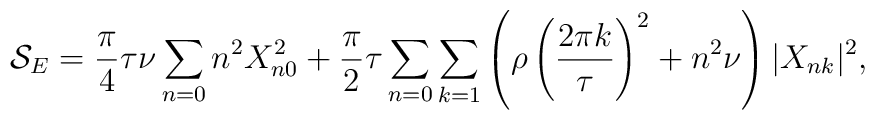
{\cal S}_E=\frac{\pi}{4}\tau\nu \sum_{n=0} n^2 X_{n0}^2+ \frac{\pi}{2}\tau \sum_{n=0}\sum_{k=1} \left ( \rho \left ( \frac{2\pi k}{\tau} \right )^2 + n^2\nu \right ) |X_{nk}|^2,